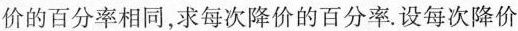
价的百分率相同，求每次降价的百分率。设每次降价